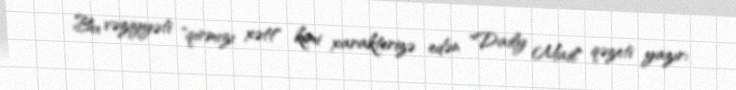
Bu vəziyyəti "qırmızı xətt" kimi xarakterizə edən "Daily Mail" qəzeti yazır: